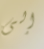
إلى